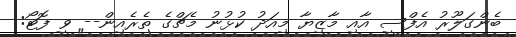
ބެންގަލޫރު އެފްސީ އާއި މާޒިޔާ މިއަދު ކުޅުނު މެޗްގެ ތެރެއިން-- ވީ ފޮޓޯ: